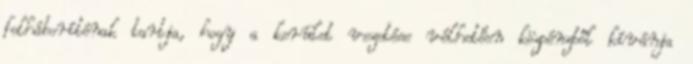
felháborítónak tartja, hogy a kerület vezetése vélhetően közpénzből kívánja